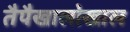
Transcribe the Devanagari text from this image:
तैपैखालोखाल